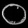
Digit: ၀